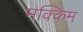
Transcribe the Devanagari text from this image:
मक्किम